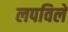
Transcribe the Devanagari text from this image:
लपविले